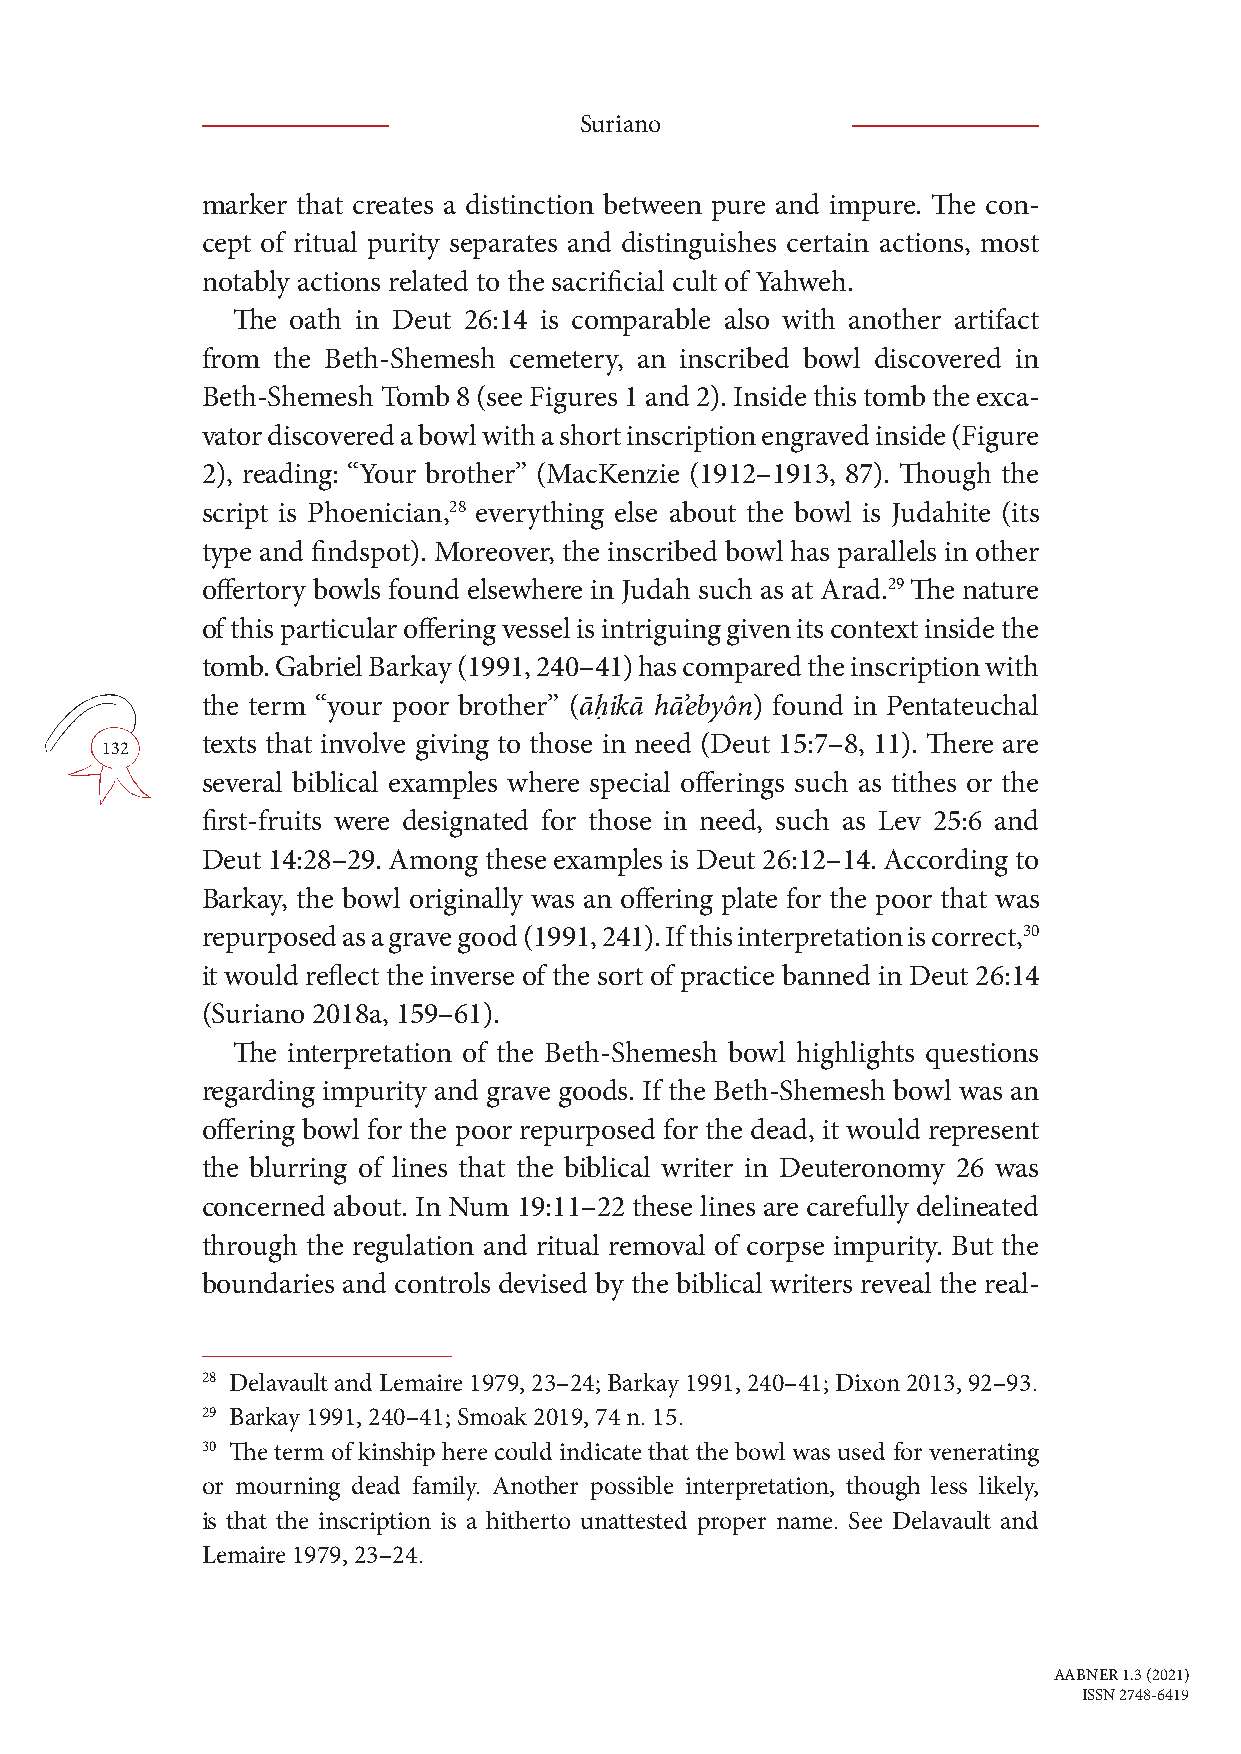
Suriano
 marker that creates a distinction between pure and impure. The con-
 cept of ritual purity separates and distinguishes certain actions, most
 notably actions related to the sacrificial cult of Yahweh.
 The oath in Deut 26:14 is comparable also with another artifact
 from the Beth-Shemesh cemetery, an inscribed bowl discovered in
 Beth-Shemesh Tomb 8 (see Figures 1 and 2). Inside this tomb the exca-
 vator discovered a bowl with a short inscription engraved inside (Figure
 2), reading: “Your brother” (MacKenzie (1912–1913, 87). Though the
 script is Phoenician,28 everything else about the bowl is Judahite (its
 type and findspot). Moreover, the inscribed bowl has parallels in other
 offertory bowls found elsewhere in Judah such as at Arad.29 The nature
 of this particular offering vessel is intriguing given its context inside the
 tomb. Gabriel Barkay (1991, 240–41) has compared the inscription with
 the term “your poor brother” (āḥikā hā’ebyôn) found in Pentateuchal
 texts that involve giving to those in need (Deut 15:7–8, 11). There are
 132
 several biblical examples where special offerings such as tithes or the
 first-fruits were designated for those in need, such as Lev 25:6 and
 Deut 14:28–29. Among these examples is Deut 26:12–14. According to
 Barkay, the bowl originally was an offering plate for the poor that was
 repurposed as a grave good (1991, 241). If this interpretation is correct,30
 it would reflect the inverse of the sort of practice banned in Deut 26:14
 (Suriano 2018a, 159–61).
 The interpretation of the Beth-Shemesh bowl highlights questions
 regarding impurity and grave goods. If the Beth-Shemesh bowl was an
 offering bowl for the poor repurposed for the dead, it would represent
 the blurring of lines that the biblical writer in Deuteronomy 26 was
 concerned about. In Num 19:11–22 these lines are carefully delineated
 through the regulation and ritual removal of corpse impurity. But the
 boundaries and controls devised by the biblical writers reveal the real-
 28 Delavault and Lemaire 1979, 23–24; Barkay 1991, 240–41; Dixon 2013, 92–93.
 29 Barkay 1991, 240–41; Smoak 2019, 74 n. 15.
 30 The term of kinship here could indicate that the bowl was used for venerating
 or mourning dead family. Another possible interpretation, though less likely,
 is that the inscription is a hitherto unattested proper name. See Delavault and
 Lemaire 1979, 23–24.
 AABNER 1.3 (2021)
 ISSN 2748-6419